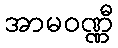
အာမဝဏ္ဏီ